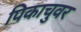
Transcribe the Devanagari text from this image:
पिकाचुवर